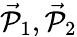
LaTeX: \vec{\mathcal{P}}_{1},\vec{\mathcal{P}}_{2}